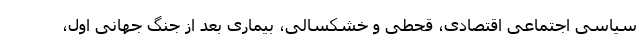
سیاسی اجتماعی اقتصادی، قحطی و خشکسالی، بیماری بعد از جنگ جهانی اول،